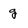
Character: g